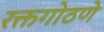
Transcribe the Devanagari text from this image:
रक्तगोठणे